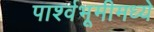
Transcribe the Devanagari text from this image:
पार्श्वभूमीमध्ये